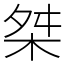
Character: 桀